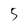
Character: 5